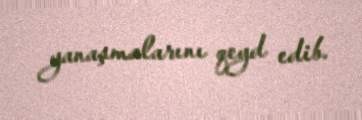
yanaşmalarını qeyd edib.